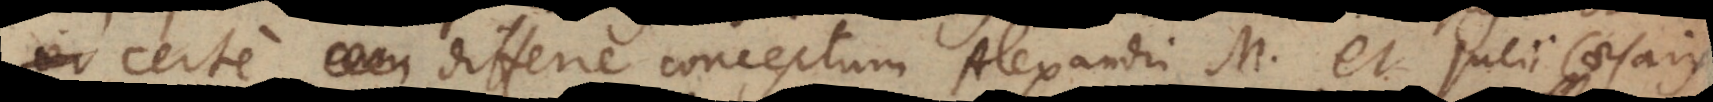
certe differre conceptum Alexandri M. et Julii Caesaris